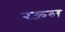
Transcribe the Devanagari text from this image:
रऊल